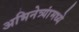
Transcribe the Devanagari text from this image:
अभिनेत्र्यांमध्ये